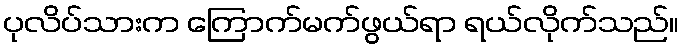
ပုလိပ်သားက ကြောက်မက်ဖွယ်ရာ ရယ်လိုက်သည်။